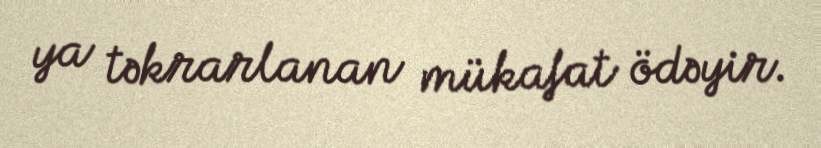
ya təkrarlanan mükafat ödəyir.